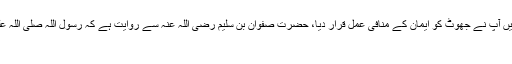
حدیث ۲: ایک حدیث شریف میں آپ نے جھوٹ کو ایمان کے منافی عمل قرار دیا، حضرت صفوان بن سُلیم رضی اللہ عنہ سے روایت ہے کہ رسول اللہ صلی اللہ علیہ وسلم سے عرض کیاگیا کہ
أیکون الموٴمن جَبانا؟